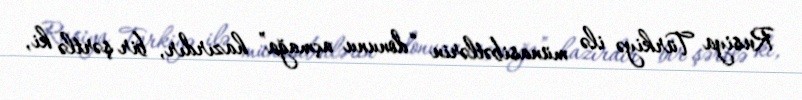
Rusiya Türkiyə ilə münasibətlərin “donunu açmağa” hazırdır, bir şərtlə ki,